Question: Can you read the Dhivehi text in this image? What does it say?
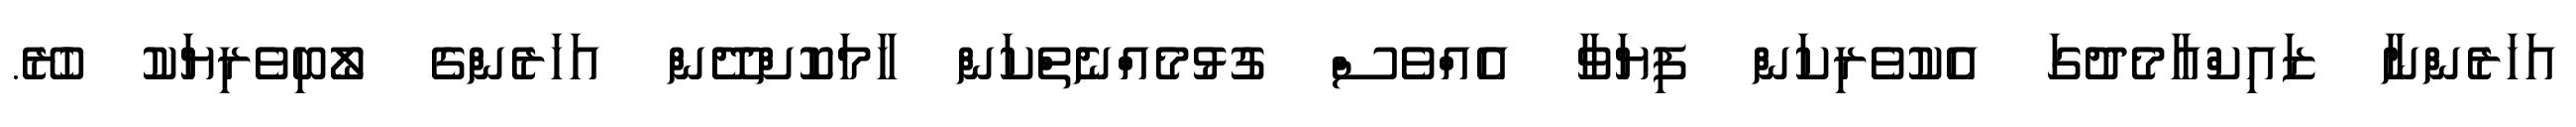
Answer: އަހަރެންނާ ޒައިކްއާމެދުގަ އެކުވެރިކަން ފިޔަވާ އެއްވެސް ގުޅުމެއްނެތްކަން ހާމަކޮށްދޭން އަހަރެންގެ ލޯބިވެރިޔަކު ހުރޭ.